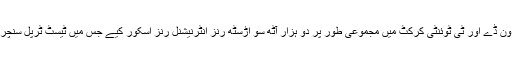
انہوں نے ٹیسٹ، ون ڈے اور ٹی ٹوئنٹی کرکٹ میں مجموعی طور پر دو ہزار آٹھ سو اڑسٹھ رنز انٹرنیشنل رنز اسکور کیے جس میں ٹیسٹ ٹرپل سنچری بھی شامل ہے۔